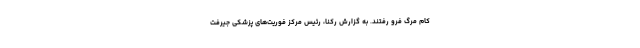
کام مرگ فرو رفتند. به گزارش رکنا، رئیس مرکز فوریت‌های پزشکی جیرفت